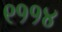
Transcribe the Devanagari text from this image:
९११४